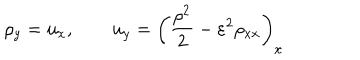
LaTeX: \rho _ { y } = u _ { x } , \qquad u _ { y } = \left( \frac { \rho ^ { 2 } } { 2 } - \varepsilon ^ { 2 } \rho _ { x x } \right) _ { x }